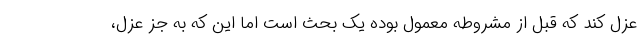
عزل کند که قبل از مشروطه معمول بوده یک بحث است اما این که به جز عزل،